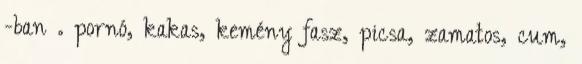
-ban . pornó, kakas, kemény fasz, picsa, zamatos, cum,